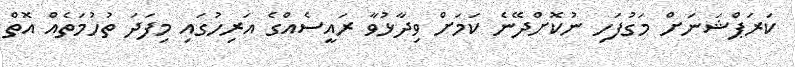
ކަރަޕްޝަނަށް މަގުފަހި ނުކޮށްދޭނެ ކަމަށް ވިދާޅުވާ ރައީސެއްގެ އަރިހުގައި މިފަދަ ތުހުމަތެއް އޮތް